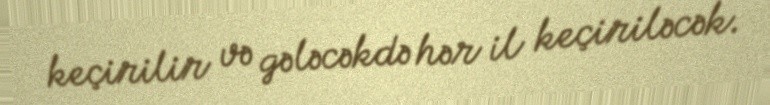
keçirilir və gələcəkdə hər il keçiriləcək.